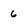
Character: 6